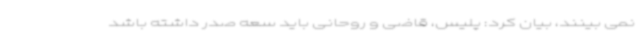
نمی بینند، بیان کرد: پلیس، قاضی و روحانی باید سعه صدر داشته باشد